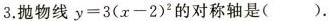
3.抛物线 $$y = 3 ( x - 2 ) ^ { 2 }$$ 2}的对称轴是( ).